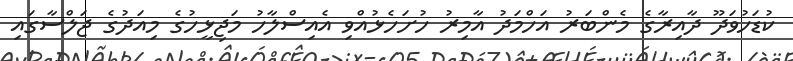
ކުޑަހުވަދޫ ދާއިރާގެ މެންބަރު އަހްމަދު އާމިރު ހުށަހެޅުއްވި އެއިސްލާހު މަޖިޅީހުގެ މިއަދުގެ ޖަލްސާގައި